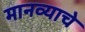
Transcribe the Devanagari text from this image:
मानव्याचे